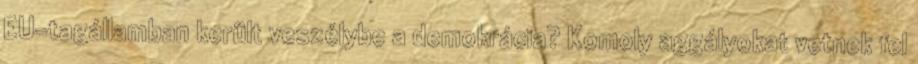
EU-tagállamban került veszélybe a demokrácia? Komoly aggályokat vetnek fel